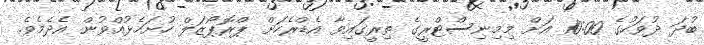
ބުދަ ދުވަހުގެ 10:00 އަށް މިމިނިސްޓްރީގެ ތިރީގައިވާ އެޑްރެހަށް ޕްރޮޕޯޒަލް ހުށަހެޅުއްވުން އެދެމެވެ.